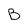
Character: B